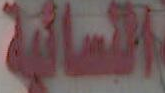
النسائية